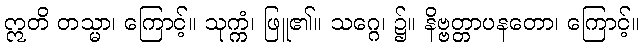
ဣတိ တသ္မာ၊ ကြောင့်။ သုက္ကံ၊ ဖြူ၏။ သဂ္ဂေ၊ ၌။ နိဗ္ဗတ္တာပနတော၊ ကြောင့်။